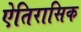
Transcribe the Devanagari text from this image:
ऐतिरासिक